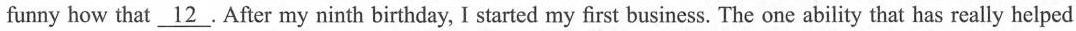
funny how that \underline{12} . After my ninth birthday, I started my first business. The one ability that has really helped